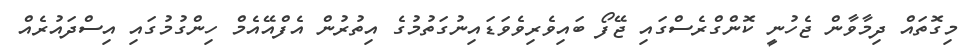
މިގޮތައް ދިމާވާން ޖެހުނީ ކޮންގްރެސްގައި ޖޭފޯ ބައިވެރިވެވަޑައިނުގަތުމުގެ އިތުރުން އެފްއޭއެމް ހިންގުމުގައި އިސްދައުރެއް